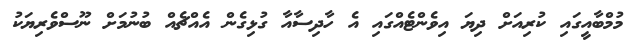
މުމްބާއީގައި ކުރިއަށް ދިޔަ އިވެންޓެއްގައި އެ ހާދިސާއާ ގުޅިގެން އެއްޗެއް ބުނުމަށް ނޫސްވެރިޔަކު